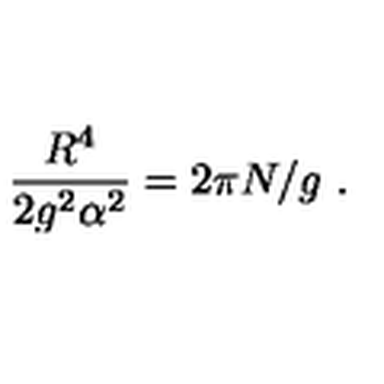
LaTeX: \frac { R ^ { 4 } } { 2 g ^ { 2 } \alpha ^ { 2 } } = 2 \pi N / g \ .